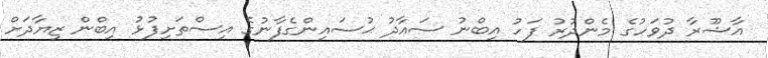
އާޝޫރާ ދުވަހުގެ މެންދުރު ފަހު އިބްނު ސައާދު ޙުސައިންގެފާނުގެ އިސްތަށިފުޅު އިބްން ޒިޔާދަށް